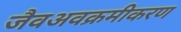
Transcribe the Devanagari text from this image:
जैवअवक्रमीकरण